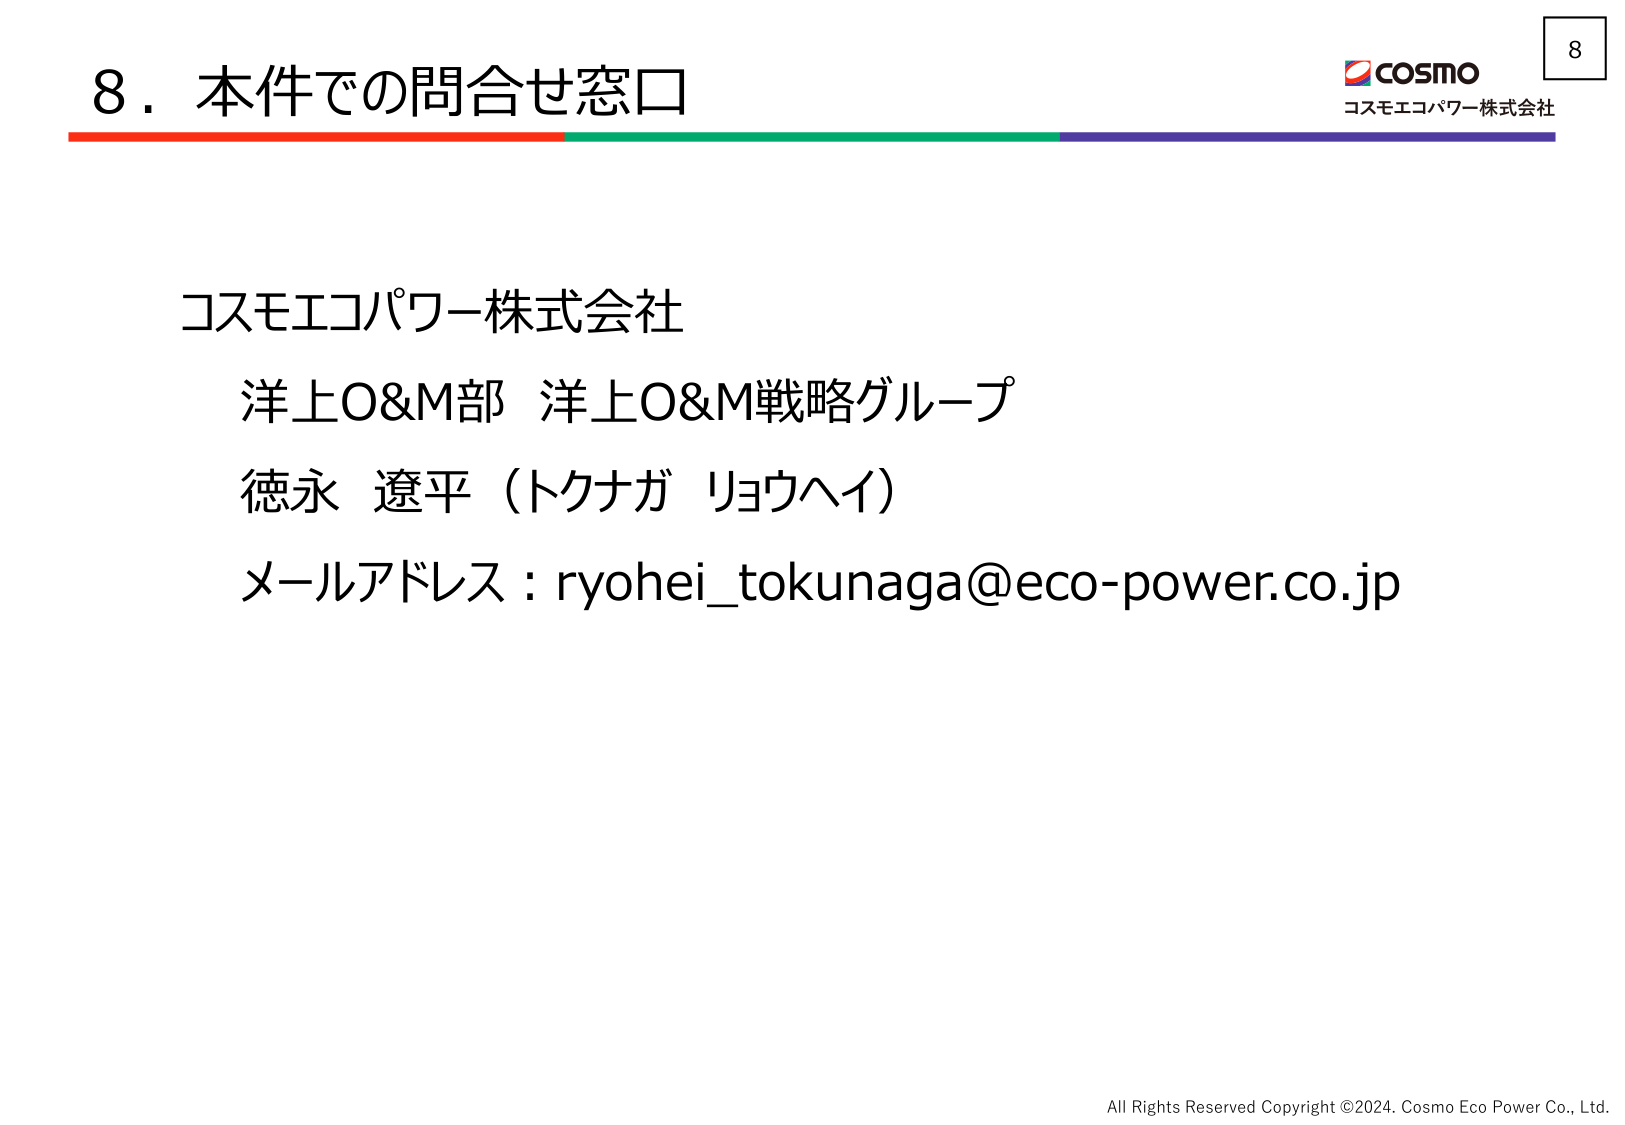
8. 本件での問合せ窓口

コスモエコパワー株式会社
洋上O&M部 洋上O&M戦略グループ
徳永 遼平（トクナガ リョウヘイ）
メールアドレス：ryohei_tokunaga@eco-power.co.jp

COSMO
コスモエコパワー株式会社

8

All Rights Reserved Copyright ©2024. Cosmo Eco Power Co., Ltd.